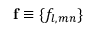
\mathbf { f } \equiv \{ f _ { l , m n } \}